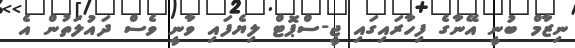
ނިޒާމް ބުނީ އޭނާގެ ފިހާރައިގައި ޖީ-ސްޕޮޓް ލިޔެފައި ވާނީ ވެސް ދައުލަތުން އެ